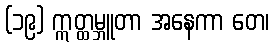
(၁၉) ဣတ္ထမ္ဘူတာ အနေကာ တေ၊